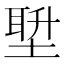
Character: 𪣿